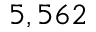
5 , 5 6 2